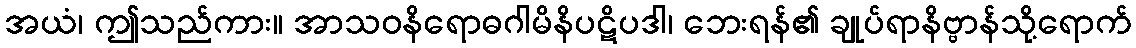
အယံ၊ ဤသည်ကား။ အာသဝနိရောဓဂါမိနိပဋိပဒါ၊ ဘေးရန်၏ ချုပ်ရာနိဗ္ဗာန်သို့ရောက်